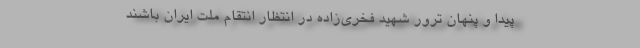
پیدا و پنهان ترور شهید فخری‌زاده در انتظار انتقام ملت ایران باشند